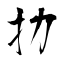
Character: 劧